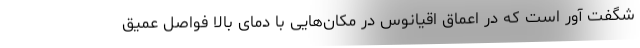
شگفت آور است که در اعماق اقیانوس در مکان‌هایی با دمای بالا فواصل عمیق